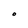
Character: O